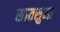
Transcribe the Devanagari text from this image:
सातसुमा